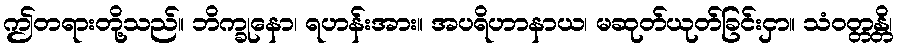
ဤတရားတို့သည်။ ဘိက္ခုနော၊ ရဟန်းအား။ အပရိဟာနာယ၊ မဆုတ်ယုတ်ခြင်းငှာ။ သံဝတ္တန္တိ၊